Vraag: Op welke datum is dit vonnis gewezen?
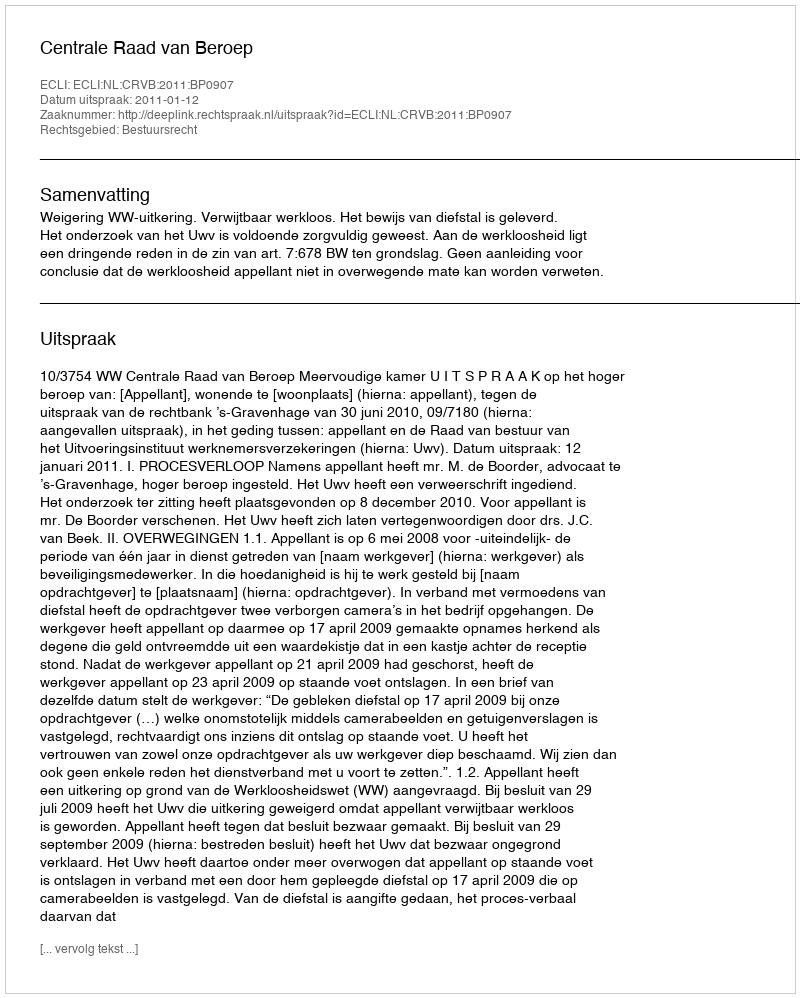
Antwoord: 2011-01-12